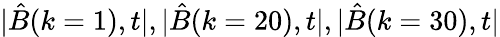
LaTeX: |\hat{B}(k=1),t|,|\hat{B}(k=20),t|,|\hat{B}(k=30),t|